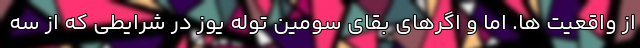
از واقعیت ها. اما و اگرهای بقای سومین توله یوز در شرایطی که از سه